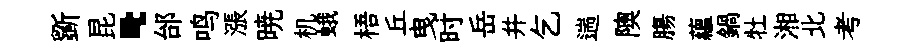
斵昆·邰鸣漲暁机蛾梧丘曳时岳并乞遄隩膓蘊鍋牡湘北考